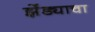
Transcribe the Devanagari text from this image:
झेंड्याचा